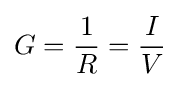
G={\frac {1}{R}}={\frac {I}{V}}